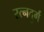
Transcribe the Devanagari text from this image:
रत्नदुर्ग